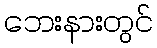
ဘေးနားတွင်